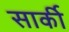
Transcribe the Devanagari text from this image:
सार्की